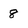
Character: 8